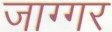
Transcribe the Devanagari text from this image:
जाग्गर